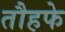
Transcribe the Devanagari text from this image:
तौहफे